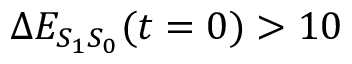
\Delta E _ { S _ { 1 } S _ { 0 } } ( t = 0 ) > 1 0